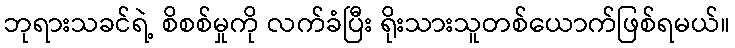
ဘုရားသခင်ရဲ့ စိစစ်မှုကို လက်ခံပြီး ရိုးသားသူတစ်ယောက်ဖြစ်ရမယ်။